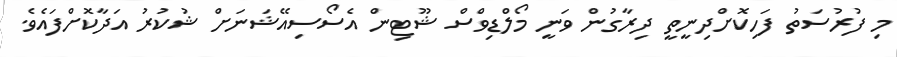
މި ފުރުސަތު ފަހިކޮށްދިނީތީ ދިރާގުން ވަނީ މޯލްޑިވްސް ޝޫޓިން އެސޯސިއޭޝަނަށް ޝުކުރު އަދާކޮށްފައެވެ.